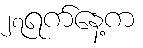
၂၇ရက်နေ့က